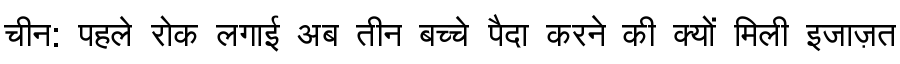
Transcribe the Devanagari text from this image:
चीन: पहले रोक लगाई अब तीन बच्चे पैदा करने की क्यों मिली इजाज़त